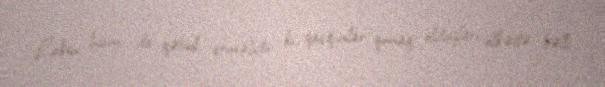
Lakin hamı da qəbul etməlidir ki, qaçqınlar qonaq olduqları ölkədə bəlli